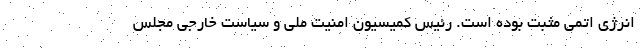
انرژی اتمی مثبت بوده است. رئیس کمیسیون امنیت ملی و سیاست خارجی مجلس